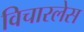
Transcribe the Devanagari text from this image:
विचारलेस